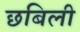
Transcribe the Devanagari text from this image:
छबिली